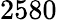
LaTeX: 2580